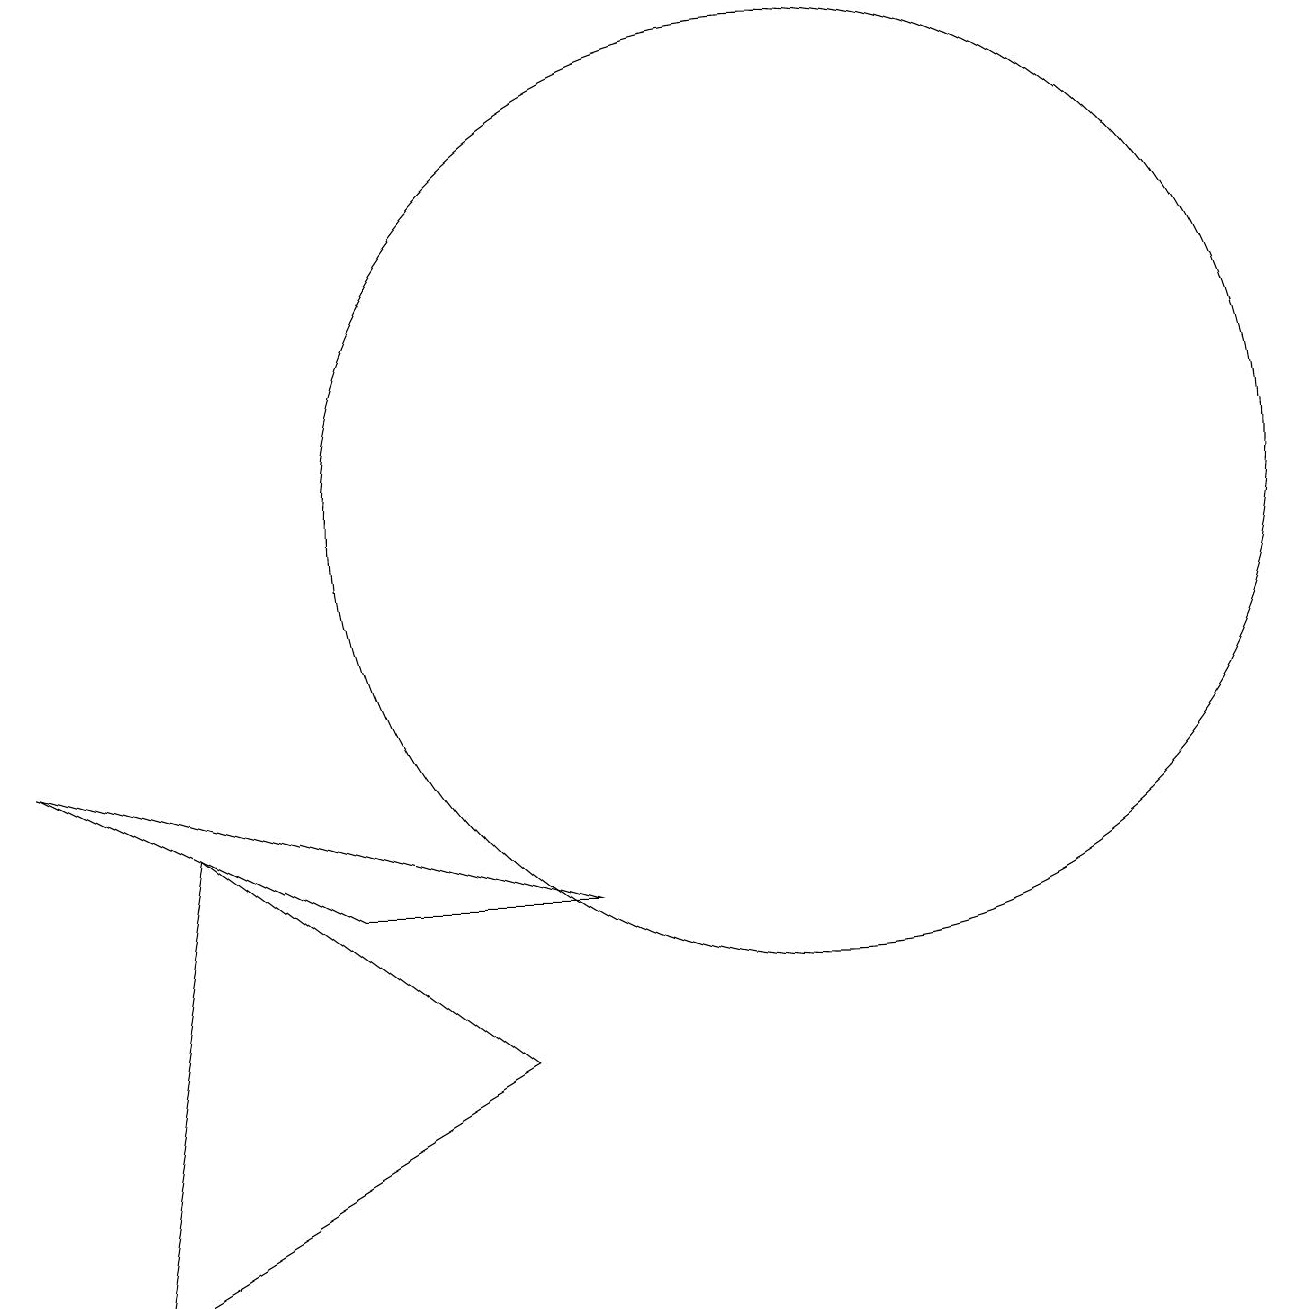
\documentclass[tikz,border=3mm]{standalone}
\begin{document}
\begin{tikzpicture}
\draw (2,1) -- (3,7) -- (7,4) -- cycle;
\draw (11,11) circle (6);
\draw (8,6) -- (5,6) -- (1,8) -- cycle;
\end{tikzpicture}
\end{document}